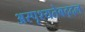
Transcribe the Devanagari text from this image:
अस्पृश्यतेबद्दल